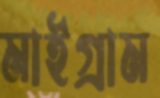
মাইগ্রাম